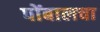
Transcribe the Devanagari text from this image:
पोंबालचा